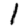
Digit: 1